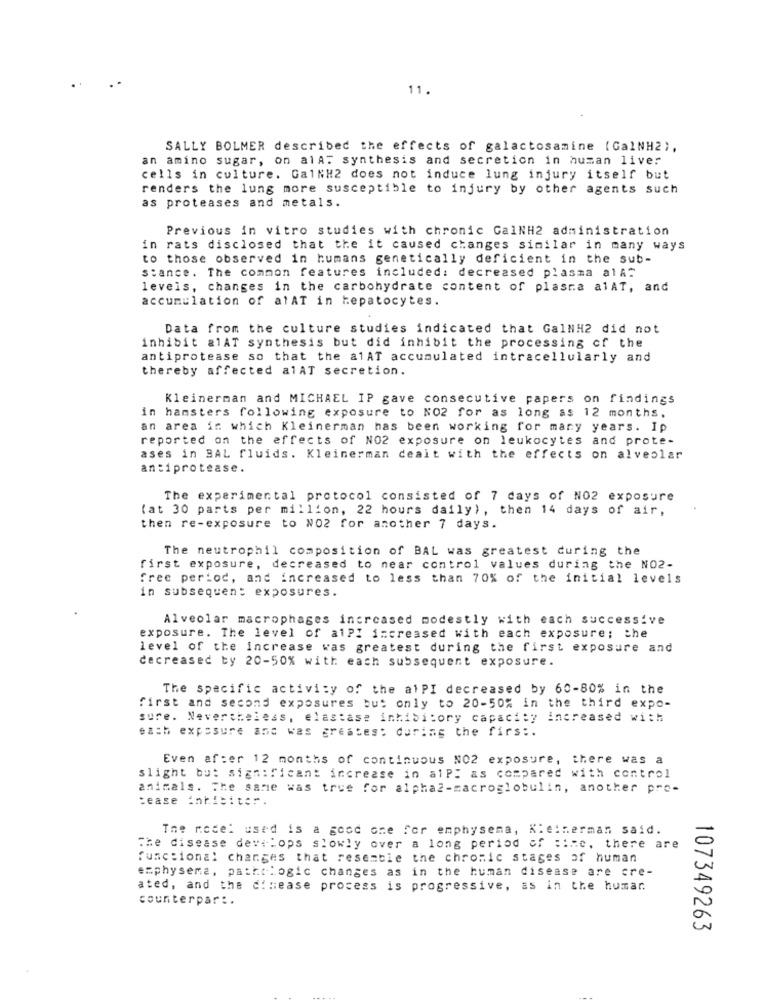
11.
SALLY BOLMER described the effects of galactosamine (GalNH2),
an amino sugar, on alAT synthesis and secretion in human liver
cells in culture. Ga1NH2 does not induce lung injury itself but
renders the lung more susceptible to injury by other agents such
as proteases and metals.
Previous in vitro studies with chronic CalNH2 administration
in rats disclosed that the it caused changes similar in many ways
to those observed in humans genetically deficient in the sub-
stance. The common features included: decreased plasma a1A"
leveis, changes in the carbohydrate content of plasma alAT, and
accumulation of alAT in hepatocytes.
Data from the culture studies indicated that GalNH2 did not
inhibit alAT synthesis but did inhibit the processing of the
antiprotease so that the alAT accumulated intracellularly and
thereby affected alAT secretion.
Kleinerman and MICHAEL IP gave consecutive papers on findings
in hamsters following exposure to NO2 for as long as 12 months.
an area in which Kleinerman has been working for many years. Ip
reported on the effects of NO2 exposure on leukocytes and prote-
ases in BAL fluids. Kleinerman dealt with the effects on alveolar
antiprotease.
The experimental protocol consisted of 7 days of NO2 exposure
(at 30 parts per million, 22 hours daily) , then 14 days of air,
then re-exposure to N02 for another 7 days.
The neutrophil composition of BAL was greatest during the
first exposure, decreased to near control values during the NO2-
free period, and increased to less than 70% of the initial levels
in subsequent exposures.
Alveolar macrophages increased modestly with each successive
exposure. The level of alp! increased with each exposure; the
level of the increase was greatest during the first exposure and
decreased by 20-50% with each subsequent exposure.
The specific activity of the alPI decreased by 60-80% in the
first and second exposures but only to 20-50% in the third expo-
sure. Nevertheless, elastase inhibitory capacity increased with
each exposure and was greates: during the firs :.
Even after 12 months of continuous NO2 exposure, there was a
slight but significant increase in alp: as compared with control
animals. The same was true for alpha2-sacroglobulin, another pro-
tease inhibitor.
The model used is a good one for emphysema, Kleinerman said.
The disease develops slowly over a long period of time, there are
functional changes that resemble the chronic stages of human
emphysema, pathologic changes as in the human disease are cre-
ated, and the disease process is progressive, as in the humar.
counterpar: .
107349263